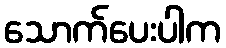
သောက်ပေးပါက